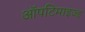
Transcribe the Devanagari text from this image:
ऑपटिमाइज्ड